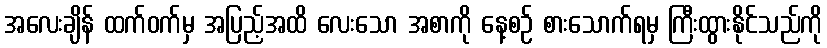
အလေးချိန် ထက်ဝက်မှ အပြည့်အထိ လေးသော အစာကို နေ့စဉ် စားသောက်ရမှ ကြီးထွားနိုင်သည်ကို